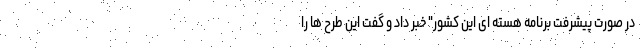
در صورت پیشرفت برنامه هسته ای این کشور" خبر داد و گفت این طرح ها را